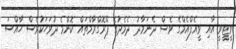
ވީޓީވީ އާއި ވީއެފްއެމްގެ ވެސް ދެނަމާދު ދެމެދުގެ ޕްރޮގްރާމްތައް ކޮންމެ ދުވަހަކުވެސް ހާއްސަ